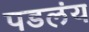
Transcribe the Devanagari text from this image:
पडलंय